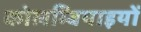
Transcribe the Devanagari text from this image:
कोलम्बियाइयों